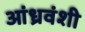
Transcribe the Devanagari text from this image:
आंध्रवंशी